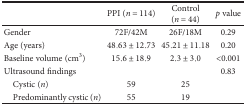
<table><thead><tr><td></td><td><b>PPI (<i>n</i> = 114)</b></td><td><b>Control (<i>n</i> = 44)</b></td><td><b><i>p</i> value</b></td></tr></thead><tbody><tr><td>Gender</td><td>72F/42M</td><td>26F/18M</td><td>0.29</td></tr><tr><td>Age (years)</td><td>48.63 ± 12.73</td><td>45.21 ± 11.18</td><td>0.20</td></tr><tr><td>Baseline volume (cm<sup>3</sup>)</td><td>15.6 ± 18.9</td><td>2.3 ± 3.0</td><td>&lt;0.001</td></tr><tr><td>Ultrasound findings</td><td></td><td></td><td>0.83</td></tr><tr><td> Cystic (<i>n</i>)</td><td>59</td><td>25</td><td></td></tr><tr><td> Predominantly cystic (<i>n</i>)</td><td>55</td><td>19</td><td></td></tr></tbody></table>